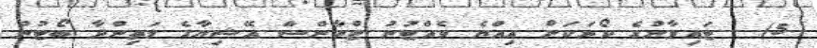
5) - ޓައިވާނުގެ ކޯރަކަށް އިއްޔެ ވެއްޓުނު ޓްރާންސް އޭޝިޔާގެ މަތިންދާ ބޯޓުން